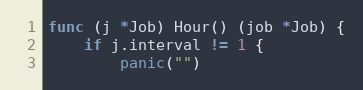
Language: Go
func (j *Job) Hour() (job *Job) {
	if j.interval != 1 {
		panic("")